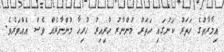
އިމާރާތުގެ ހަތަރު ކަނުގައި ހަތަރު މުންނާރު ހުރިއިރު ހުރިހާ މުންނާރެއް ވެސް އެއްވަރެވެ.